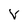
Character: V